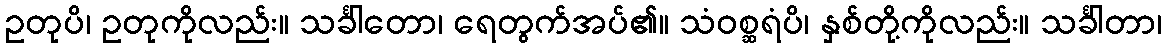
ဥတုပိ၊ ဥတုကိုလည်း။ သင်္ခါတော၊ ရေတွက်အပ်၏။ သံဝစ္ဆရံပိ၊ နှစ်တို့ကိုလည်း။ သင်္ခါတာ၊